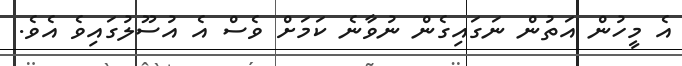
އެ މީހުން އަތުން ނަގައިގެން ނުވާނެ ކަމަށް ވެސް އެ އުސޫލުގައިވެ އެވެ.